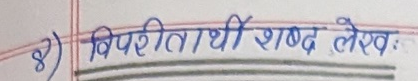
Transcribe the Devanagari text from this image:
8) विपरीतार्थी शब्द लेख: